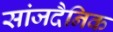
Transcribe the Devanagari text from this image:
सांजदैनिक